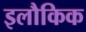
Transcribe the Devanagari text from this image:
इलौकिक